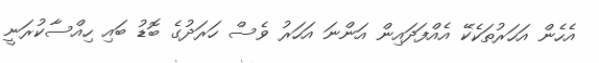
އެހެން އަހަރުތަކެކޭ އެއްފަދައިން އަންނަ އަހަރު ވެސް ހަރަދުގެ ބޮޑު ބައި ހިއްސާކުރަނީ